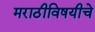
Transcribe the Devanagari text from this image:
मराठीविषयीचे